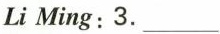
Li Ming:3.___